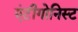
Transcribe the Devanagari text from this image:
एंटीगोनिस्ट